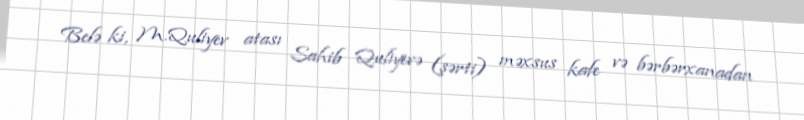
Belə ki, M.Quliyev atası Sahib Quliyevə (şərti) məxsus kafe və bərbərxanadan